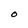
Character: O